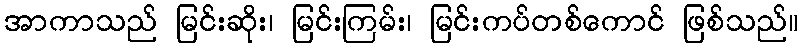
အာကာသည် မြင်းဆိုး၊ မြင်းကြမ်း၊ မြင်းကပ်တစ်ကောင် ဖြစ်သည်။